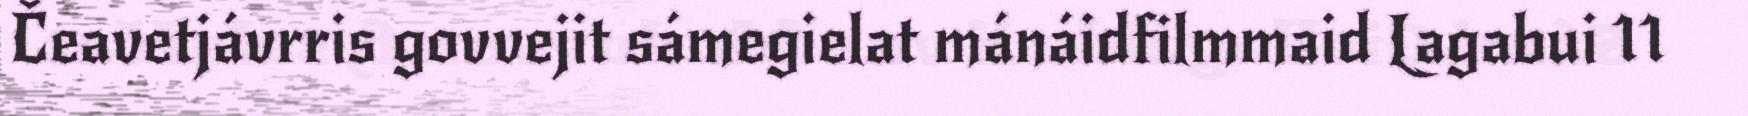
Čeavetjávrris govvejit sámegielat mánáidfilmmaid Lagabui 11